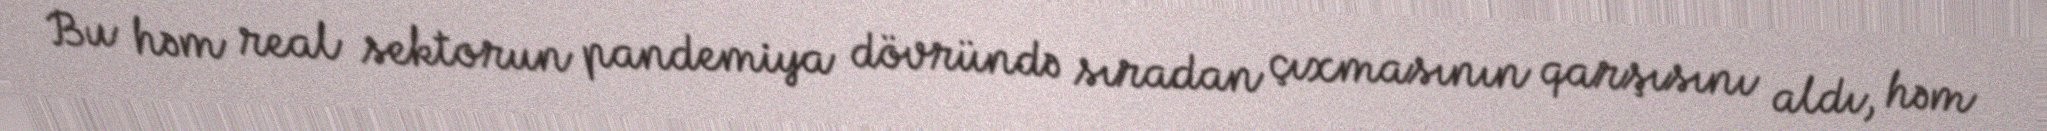
Bu həm real sektorun pandemiya dövründə sıradan çıxmasının qarşısını aldı, həm